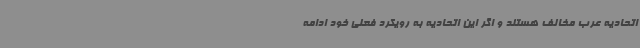
اتحادیه عرب مخالف هستند و اگر این اتحادیه به رویکرد فعلی خود ادامه